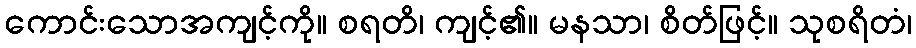
ကောင်းသောအကျင့်ကို။ စရတိ၊ ကျင့်၏။ မနသာ၊ စိတ်ဖြင့်။ သုစရိတံ၊